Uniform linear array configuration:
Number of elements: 24
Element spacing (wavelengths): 0.5
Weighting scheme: kaiser
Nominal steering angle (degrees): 15
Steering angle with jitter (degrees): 15.665
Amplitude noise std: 0.05
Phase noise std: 0.05

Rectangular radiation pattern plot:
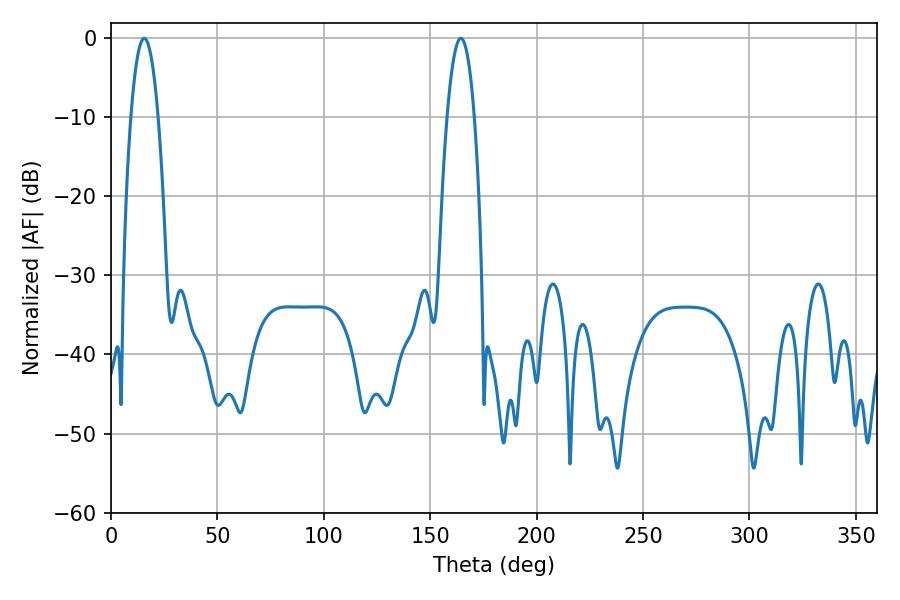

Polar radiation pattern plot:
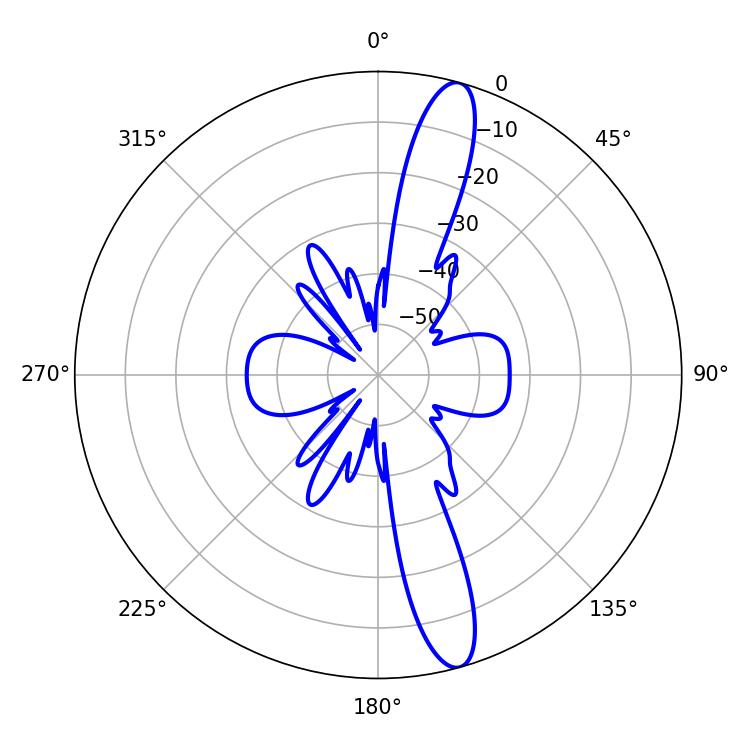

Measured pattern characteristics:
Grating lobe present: FALSE
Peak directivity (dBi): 14.457
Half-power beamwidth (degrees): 7.2
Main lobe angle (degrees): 15.66